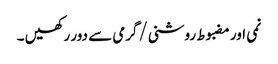
نمی اور مضبوط روشنی/گرمی سے دور رکھیں ۔